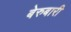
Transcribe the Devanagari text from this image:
बेरुबारी